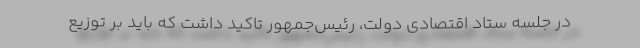
در جلسه ستاد اقتصادی دولت، رئیس‌جمهور تاکید داشت که باید بر توزیع